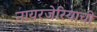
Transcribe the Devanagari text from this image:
नायरजेरियाची